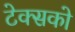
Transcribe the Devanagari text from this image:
टेक्सको